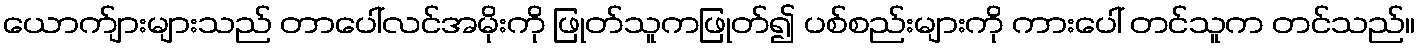
ယောက်ျားများသည် တာပေါ်လင်အမိုးကို ဖြုတ်သူကဖြုတ်၍ ပစ်စည်းများကို ကားပေါ် တင်သူက တင်သည်။